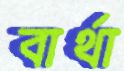
বার্থা